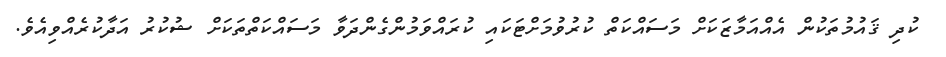
ކުދި ޤައުުމުތަކުން އެއްއަމާޒަކަށް މަސައްކަތް ކުރުުވުމަށްޓަކައި ކުރައްވަމުންގެންދަވާ މަަަަސައްކަތްތަކަށް ޝުކުރު އަދާކުރެއްވިއެވެ.